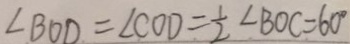
\angle B O D = \angle C O D = \frac { 1 } { 2 } \angle B O C = 6 0 ^ { \circ }